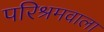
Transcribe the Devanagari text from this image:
परिश्रमवाला